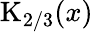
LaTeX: \mathrm{K}_{2/3}(x)